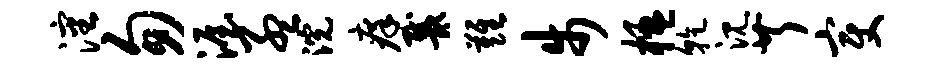
沈匆渥孟浣痒戴难步楹干沉芹变